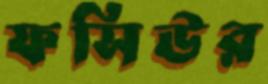
ফসিউর